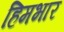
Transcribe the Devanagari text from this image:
हिमभार